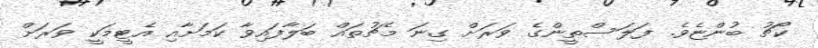
ކޯޗު ބުންޏެވެ. ފަލަސްތީންގެ ވަރަށް ގިނަ މެޗުތައް ބަލާފައިވާ ކަމަށާއި އެޓީމަކީ ވަރަށް